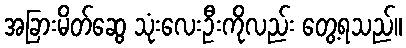
အခြားမိတ်ဆွေ သုံးလေးဦးကိုလည်း တွေ့ရသည်။